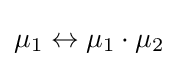
{\textstyle \mu _{1}\leftrightarrow \mu _{1}\cdot \mu _{2}}